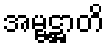
အမ္ဗဋ္ဌာတိ